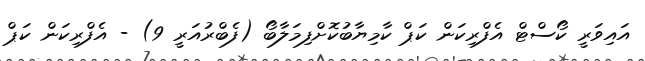
އައިވަރީ ކޯސްޓް އެފްރިކަން ކަޕް ކާމިޔާބުކޮށްފިމަލާބޯ (ފެބްރުއަރީ 9) - އެފްރިކަން ކަޕް